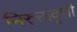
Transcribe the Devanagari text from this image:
निरुक्तवृत्तौ